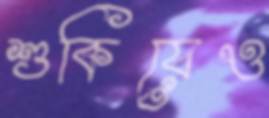
শুকিয়েও